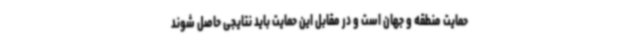
حمایت منطقه و جهان است و در مقابل این حمایت باید نتایجی حاصل شوند